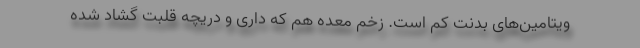
ویتامین‌های بدنت کم است. زخم معده هم که داری و دریچه قلبت گشاد شده